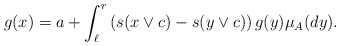
\begin{align*}g(x)=a +\int_{\ell}^r\left(s(x\vee c)-s(y\vee c)\right) g(y)\mu_A(dy).\end{align*}